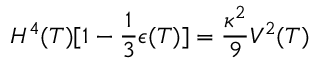
H ^ { 4 } ( T ) [ 1 - \frac { 1 } { 3 } \epsilon ( T ) ] = \frac { \kappa ^ { 2 } } { 9 } V ^ { 2 } ( T )